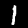
Digit: 1